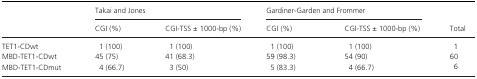
| <ROWSPAN=2>  | <COLSPAN=2> Takai and Jones | <COLSPAN=2> Gardiner‐Garden and Frommer | <ROWSPAN=2> Total |
 | CGI (%) | CGI‐TSS ± 1000‐bp (%) | CGI (%) | CGI‐TSS ± 1000‐bp (%) |
 | --- | --- | --- | --- | --- | --- |
 | TET1‐CDwt | 1 (100) | 1 (100) | 1 (100) | 1 (100) | 1 |
 | MBD‐TET1‐CDwt | 45 (75) | 41 (68.3) | 59 (98.3) | 54 (90) | 60 |
 | MBD‐TET1‐CDmut | 4 (66.7) | 3 (50) | 5 (83.3) | 4 (66.7) | 6 |